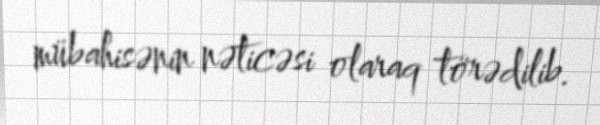
mübahisənin nəticəsi olaraq törədilib.